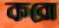
করো